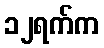
၁၂ရက်က